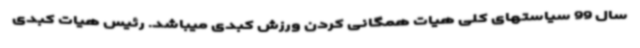
سال 99 سیاستهای کلی هیات همگانی کردن ورزش کبدی میباشد. رئیس هیات کبدی